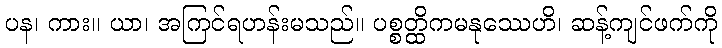
ပန၊ ကား။ ယာ၊ အကြင်ရဟန်းမသည်။ ပစ္စတ္ထိကမနုဿေဟိ၊ ဆန့်ကျင်ဖက်ကို